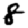
Digit: 8